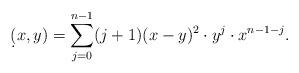
LaTeX: \begin{align*}\d(x,y)=\sum_{j=0}^{n-1}(j+1)(x-y)^2\cdot y^j\cdot x^{n-1-j}.\end{align*}